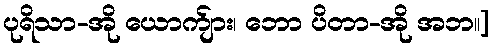
ပုရိသာ-အို ယောက်ျား၊ ဘော ပိတာ-အို အဘ။]